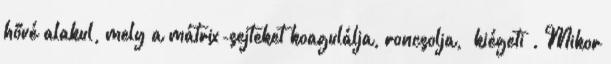
hővé alakul, mely a mátrix-sejteket koagulálja, roncsolja, “kiégeti”. Mikor